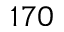
1 7 0